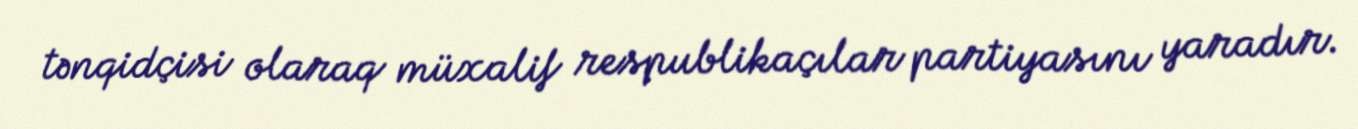
tənqidçisi olaraq müxalif respublikaçılar partiyasını yaradır.